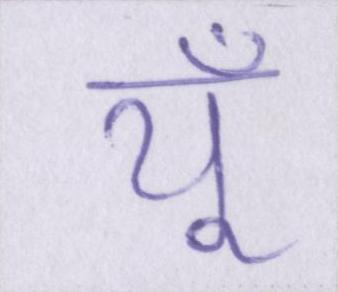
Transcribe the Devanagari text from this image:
यूँ